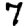
Digit: 7